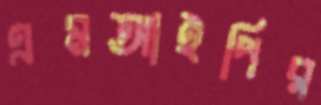
এমআইপির